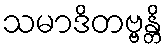
သမာဒိတဗ္ဗန္တိ